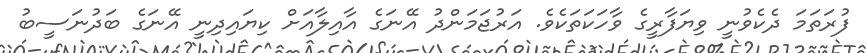
ފުރަތަމަ ދެކެވުނީ ވިޔަފާރީގެ ވާހަކަތަކެވެ. އަރުޖަމަންދު އޭނަގެ އާއިލާއަށް ކިޔައިދިނީ އޭނަގެ ބަދުނަސީބު